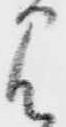
見